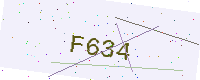
Text: F634